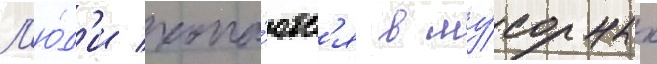
Л'ю́д'и копа́ютс'я в му́сорных